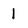
Character: I